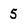
Character: 5